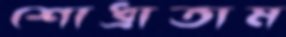
শোধ্‌রাতাম